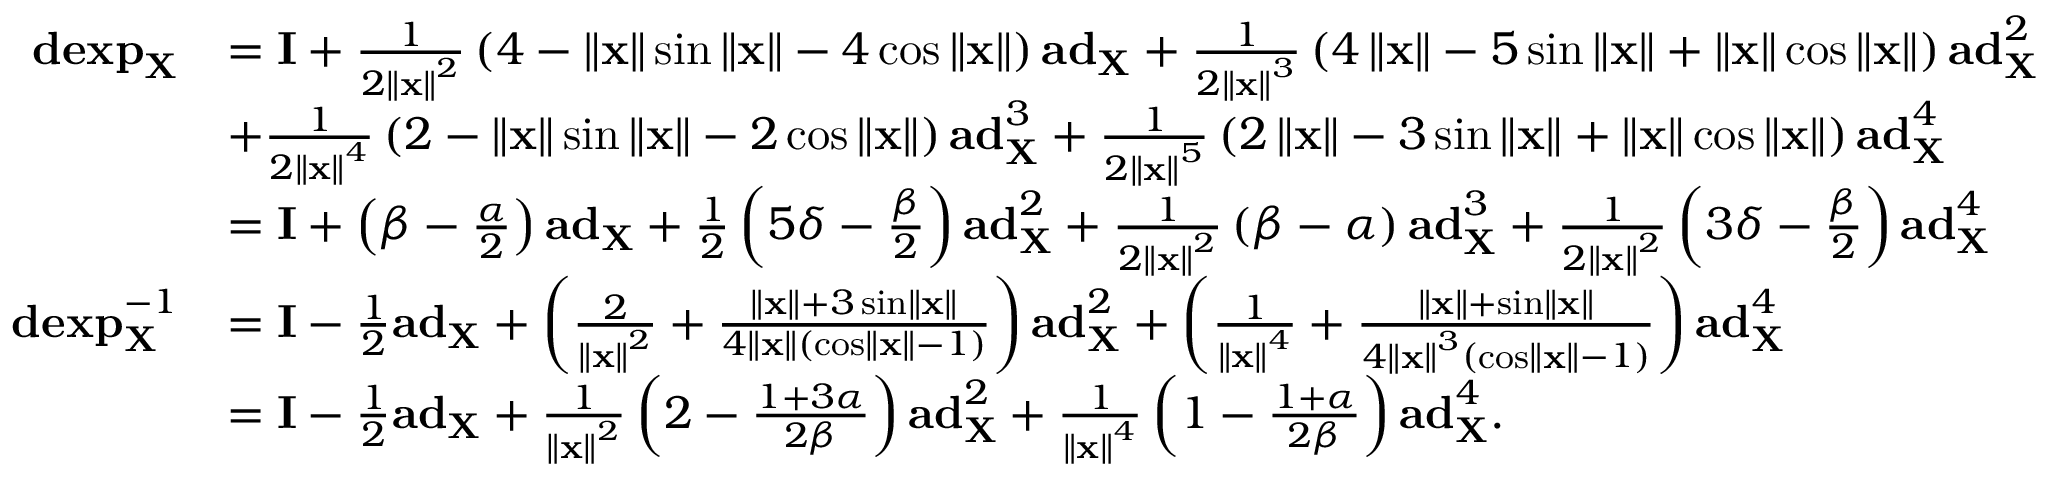
\begin{array} { r l } { \mathbf { d e x p } _ { \mathbf { X } } } & { = \mathbf { I } + \frac { 1 } { 2 \left\Vert \mathbf { x } \right\Vert ^ { 2 } } \left( 4 - \left\Vert \mathbf { x } \right\Vert \sin \left\Vert \mathbf { x } \right\Vert - 4 \cos \left\Vert \mathbf { x } \right\Vert \right) \mathbf { a d } _ { \mathbf { X } } + \frac { 1 } { 2 \left\Vert \mathbf { x } \right\Vert ^ { 3 } } \left( 4 \left\Vert \mathbf { x } \right\Vert - 5 \sin \left\Vert \mathbf { x } \right\Vert + \left\Vert \mathbf { x } \right\Vert \cos \left\Vert \mathbf { x } \right\Vert \right) \mathbf { a d } _ { \mathbf { X } } ^ { 2 } } \\ & { + \frac { 1 } { 2 \left\Vert \mathbf { x } \right\Vert ^ { 4 } } \left( 2 - \left\Vert \mathbf { x } \right\Vert \sin \left\Vert \mathbf { x } \right\Vert - 2 \cos \left\Vert \mathbf { x } \right\Vert \right) \mathbf { a d } _ { \mathbf { X } } ^ { 3 } + \frac { 1 } { 2 \left\Vert \mathbf { x } \right\Vert ^ { 5 } } \left( 2 \left\Vert \mathbf { x } \right\Vert - 3 \sin \left\Vert \mathbf { x } \right\Vert + \left\Vert \mathbf { x } \right\Vert \cos \left\Vert \mathbf { x } \right\Vert \right) \mathbf { a d } _ { \mathbf { X } } ^ { 4 } } \\ & { = \mathbf { I } + \left( \beta - \frac { \alpha } { 2 } \right) \mathbf { a d } _ { \mathbf { X } } + \frac { 1 } { 2 } \left( 5 \delta - \frac { \beta } { 2 } \right) \mathbf { a d } _ { \mathbf { X } } ^ { 2 } + \frac { 1 } { 2 \left\Vert \mathbf { x } \right\Vert ^ { 2 } } \left( \beta - \alpha \right) \mathbf { a d } _ { \mathbf { X } } ^ { 3 } + \frac { 1 } { 2 \left\Vert \mathbf { x } \right\Vert ^ { 2 } } \left( 3 \delta - \frac { \beta } { 2 } \right) \mathbf { a d } _ { \mathbf { X } } ^ { 4 } } \\ { \mathbf { d e x p } _ { \mathbf { X } } ^ { - 1 } } & { = \mathbf { I } - \frac { 1 } { 2 } \mathbf { a d } _ { \mathbf { X } } + \left( \frac { 2 } { \left\Vert \mathbf { x } \right\Vert ^ { 2 } } + \frac { \left\Vert \mathbf { x } \right\Vert + 3 \sin \left\Vert \mathbf { x } \right\Vert } { 4 \left\Vert \mathbf { x } \right\Vert \left( \cos \left\Vert \mathbf { x } \right\Vert - 1 \right) } \right) \mathbf { a d } _ { \mathbf { X } } ^ { 2 } + \left( \frac { 1 } { \left\Vert \mathbf { x } \right\Vert ^ { 4 } } + \frac { \left\Vert \mathbf { x } \right\Vert + \sin \left\Vert \mathbf { x } \right\Vert } { 4 \left\Vert \mathbf { x } \right\Vert ^ { 3 } \left( \cos \left\Vert \mathbf { x } \right\Vert - 1 \right) } \right) \mathbf { a d } _ { \mathbf { X } } ^ { 4 } } \\ & { = \mathbf { I } - \frac { 1 } { 2 } \mathbf { a d } _ { \mathbf { X } } + \frac { 1 } { \left\Vert \mathbf { x } \right\Vert ^ { 2 } } \left( 2 - \frac { 1 + 3 \alpha } { 2 \beta } \right) \mathbf { a d } _ { \mathbf { X } } ^ { 2 } + \frac { 1 } { \left\Vert \mathbf { x } \right\Vert ^ { 4 } } \left( 1 - \frac { 1 + \alpha } { 2 \beta } \right) \mathbf { a d } _ { \mathbf { X } } ^ { 4 } . } \end{array}